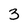
Character: 3